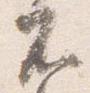
不